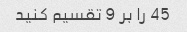
45 را بر 9 تقسیم کنید